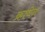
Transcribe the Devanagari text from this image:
क्रावेन